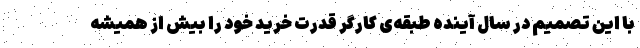
با این تصمیم در سال آینده طبقه‌ی کارگر قدرت خرید خود را بیش از همیشه